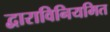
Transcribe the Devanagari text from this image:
द्वाराविनियमित